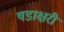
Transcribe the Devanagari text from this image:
षडाक्षरी